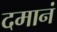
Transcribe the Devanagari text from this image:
दमानं